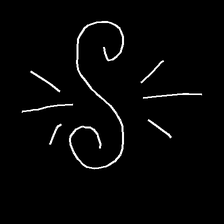
Glyph: wind-directs-air